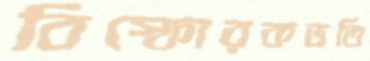
বিস্ফোরকভর্তি